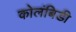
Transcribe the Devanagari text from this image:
कोलंबिडी